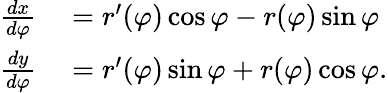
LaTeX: \begin{array}{rl}{{\frac{dx}{d\varphi}}}&{{}=r^{\prime}(\varphi)\cos\varphi-r(\varphi)\sin\varphi}\\ {{\frac{dy}{d\varphi}}}&{{}=r^{\prime}(\varphi)\sin\varphi+r(\varphi)\cos\varphi.}\end{array}